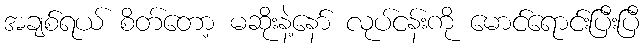
အချစ်ရယ် စိတ်တော့ မဆိုးနဲ့နော် လုပ်ငန်းကို မောင်ရောင်းပြီးပြီ